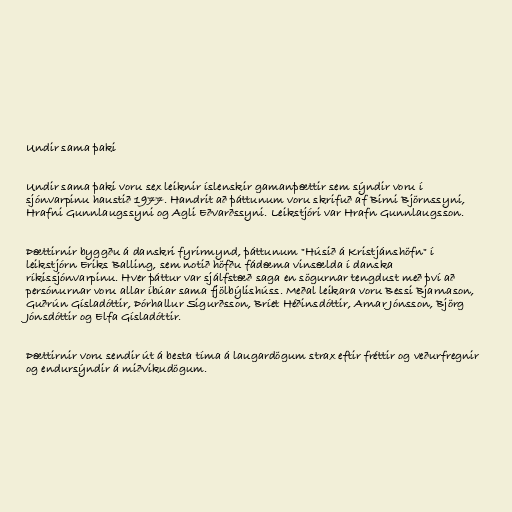
Undir sama þaki

Undir sama þaki voru sex leiknir íslenskir gamanþættir sem sýndir voru í
sjónvarpinu haustið 1977. Handrit að þáttunum voru skrifuð af Birni Björnssyni,
Hrafni Gunnlaugssyni og Agli Eðvarðssyni. Leikstjóri var Hrafn Gunnlaugsson.

Þættirnir byggðu á danskri fyrirmynd, þáttunum "Húsið á Kristjánshöfn" í
leikstjórn Eriks Balling, sem notið höfðu fádæma vinsælda í danska
ríkissjónvarpinu. Hver þáttur var sjálfstæð saga en sögurnar tengdust með því að
persónurnar voru allar íbúar sama fjölbýlishúss. Meðal leikara voru Bessi Bjarnason,
Guðrún Gísladóttir, Þórhallur Sigurðsson, Bríet Héðinsdóttir, Arnar Jónsson, Björg
Jónsdóttir og Elfa Gísladóttir.

Þættirnir voru sendir út á besta tíma á laugardögum strax eftir fréttir og veðurfregnir
og endursýndir á miðvikudögum.